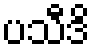
ပသီဒိ